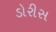
ડોરીસ